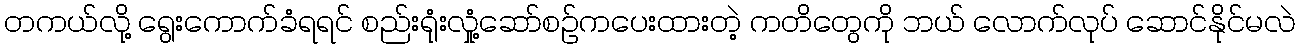
တကယ်လို့ ရွေးကောက်ခံရရင် စည်းရုံးလှုံ့ဆော်စဉ်ကပေးထားတဲ့ ကတိတွေကို ဘယ် လောက်လုပ် ဆောင်နိုင်မလဲ